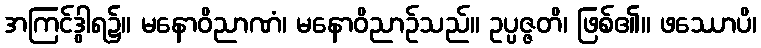
အကြင်ဒွါရ၌။ မနောဝိညာဏံ၊ မနောဝိညာဉ်သည်။ ဥပ္ပဇ္ဇတိ၊ ဖြစ်၏။ ဖဿောပိ၊